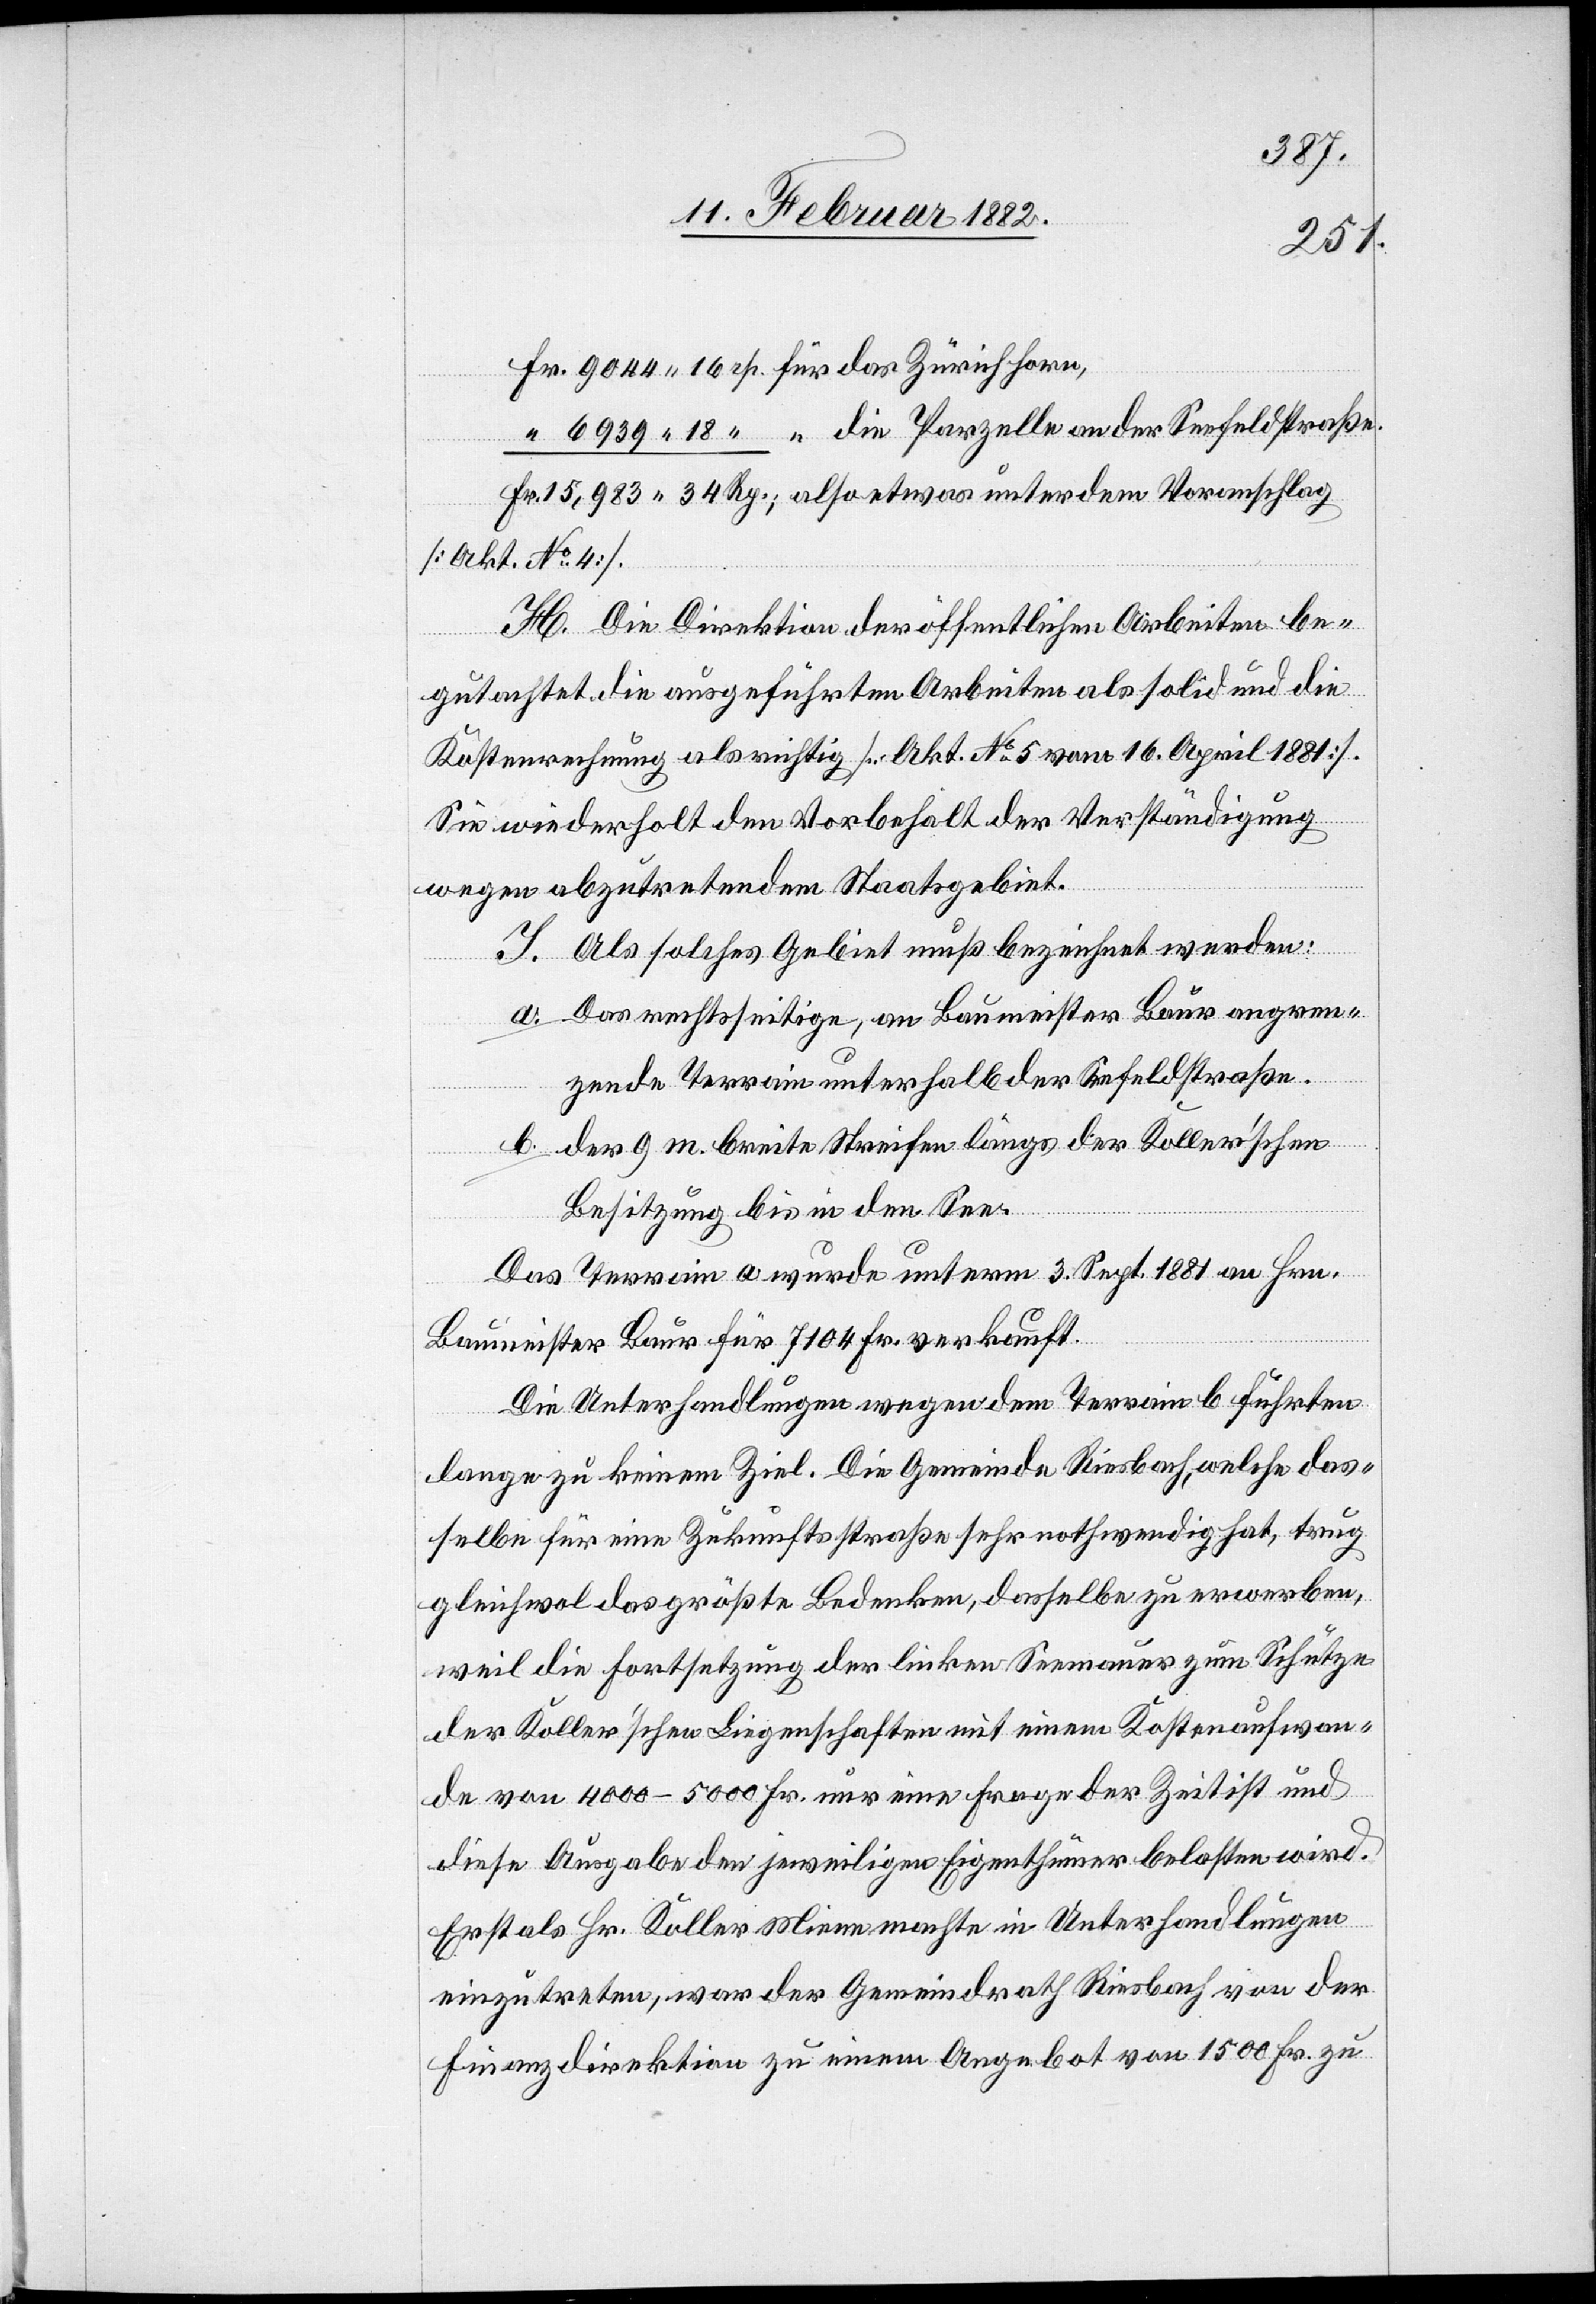
Fr. 	9044 16 rp. für das Zürichhorn,
“	6939 18 “ “ die Parzelle an der Seefeldstraße.
15,983 34 Rp.; also etwas unter dem Voranschlag
[Akt. No 4].
H. Die Direktion der öffentlichen Arbeiten be¬
gutachtet die ausgeführten Arbeiten als solid und die
Kostenrechnung als richtig [Akt. No 5 vom 16. April 1881].
Sie wiederholt den Vorbehalt der Verständigung
wegen abzutretendem Staatsgebiet.
I. Als solches Gebiet muß bezeichnet werden:
a. Das rechtseitige, an Baumeister Baur angren¬
zende Terrain unterhalb der Seefeldstraße.
Der 9 m breite Streifen längs der Koller’schen
b.
Besitzung bis in den See.
Das Terrain a wurde unterm 3. Sep. 1881 an Hrn.
Baumeister Baur für 7104 Fr. verkauft.
Die Unterhandlungen wegen dem Terrain b führten
lange zu keinem Ziel. Die Gemeinde Riesbach, welche das¬
selbe für eine Zukunftsstraße sehr nothwendig hat, trug
gleichwol das größte Bedenken, dasselbe zu erwerben,
weil die Fortsetzung der linken Seemauer zum Schutze
der Koller’schen Liegenschaften mit einem Kostenaufwan¬
de von 400–500 Fr. nur eine Frage der Zeit ist und
diese Ausgabe dem jeweiligen Eigenthümer belastet wird.
Erst als Hr. Koller Miene machte in Unterhandlungen
einzutreten, war der Gemeindrath Riesbach von der
Finanzdirektion zu einem Angebot von 1500 Fr. zu